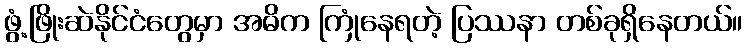
ဖွံ့ဖြိုးဆဲနိုင်ငံတွေမှာ အဓိက ကြုံနေရတဲ့ ပြဿနာ တစ်ခုရှိနေတယ်။